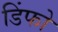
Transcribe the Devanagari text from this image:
डिंफो